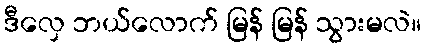
ဒီလှေ ဘယ်လောက် မြန် မြန် သွားမလဲ။